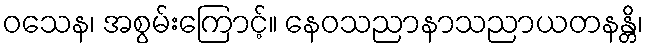
ဝသေန၊ အစွမ်းကြောင့်။ နေဝသညာနာသညာယတနန္တိ၊